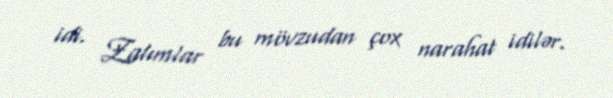
idi. Zalımlar bu mövzudan çox narahat idilər.